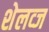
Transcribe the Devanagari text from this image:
शेलव्ज